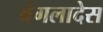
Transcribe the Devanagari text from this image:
बंगलादेस